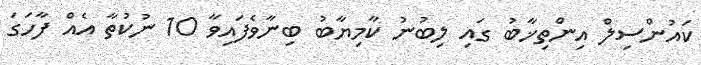
ކައުންސިލް އިންތިޚާބު ގައި ލިބުނު ކާމިޔާބު ބިނާވެފައިވާ 10 ނުކުތާ އެއް ފާހަގަ